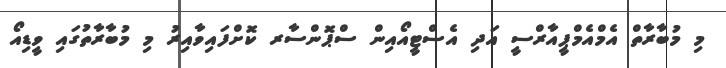
މި މުބާރާތް އެމްއެމްޕީއާރްސީ އަދި އެސްޓީއޯއިން ސްޕޮންސާރ ކޮށްފައިވާއިރު މި މުބާރާތުގައި ވީޑިއޯ